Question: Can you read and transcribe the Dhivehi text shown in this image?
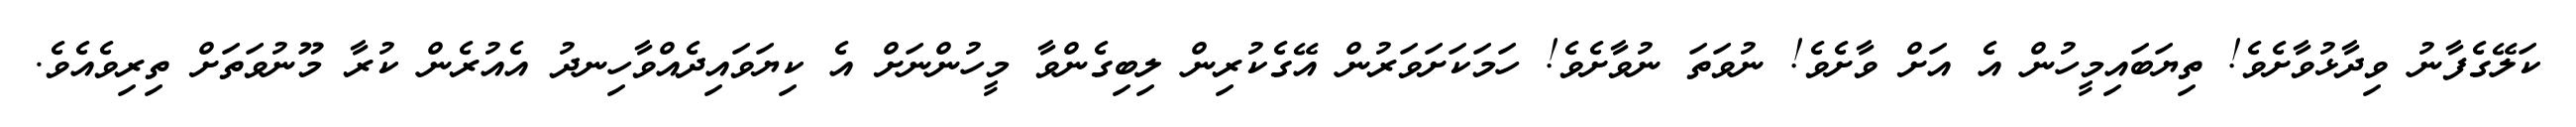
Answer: ކަލޭގެފާނު ވިދާޅުވާށެވެ! ތިޔަބައިމީހުން އެ އަށް ވާށެވެ! ނުވަތަ ނުވާށެވެ! ހަމަކަށަވަރުން އޭގެކުރިން ލިބިގެންވާ މީހުންނަށް އެ ކިޔަވައިދެއްވާހިނދު އެއުރެން ކުރާ މޫނުވަތަށް ތިރިވެއެވެ.